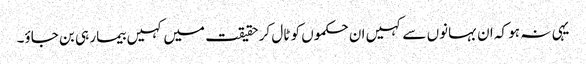
یہی نہ ہو کہ ان بہانوں سے کہیں ان حکموں کو ٹال کر حقیقت میں کہیں بیمار ہی بن جاؤ۔